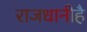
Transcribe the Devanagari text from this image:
राजधानीहै